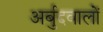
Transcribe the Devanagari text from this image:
अर्बुदवालों